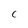
Character: C